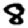
Digit: 8